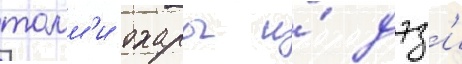
томм'и охары и́ дэз'и